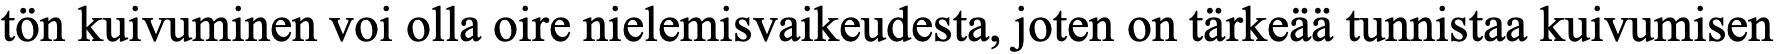
tön kuivuminen voi olla oire nielemisvaikeudesta, joten on tärkeää tunnistaa kuivumisen